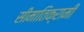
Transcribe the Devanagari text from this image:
सीमातिक्रामी